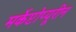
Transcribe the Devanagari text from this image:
मर्केप्टोप्यूरीन